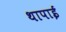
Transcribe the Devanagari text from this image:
थापाई